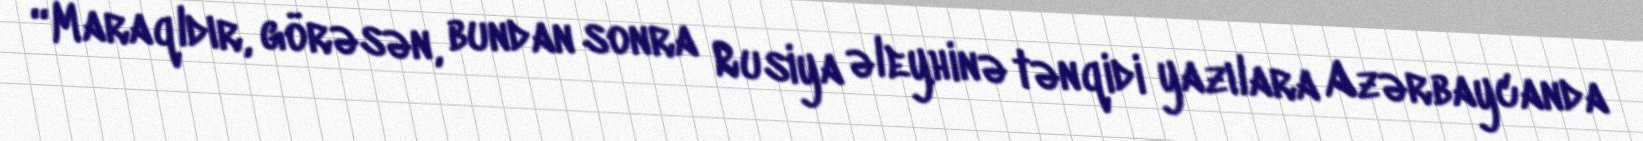
“Maraqldır, görəsən, bundan sonra Rusiya əleyhinə tənqidi yazılara Azərbaycanda